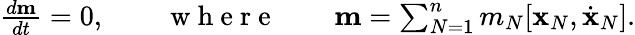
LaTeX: \begin{array}{r}{\frac{d{\mathbf m}}{dt}=0,\qquad\mathrm{~w~h~e~r~e~}\qquad{\mathbf m}=\sum_{N=1}^{n}m_{N}[{\mathbf x}_{N},\dot{\mathbf x}_{N}].}\end{array}